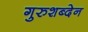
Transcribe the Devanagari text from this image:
गुरुशब्देन